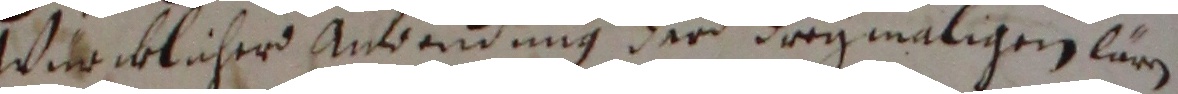
würcklicher anwendung der dorgmaliger lären